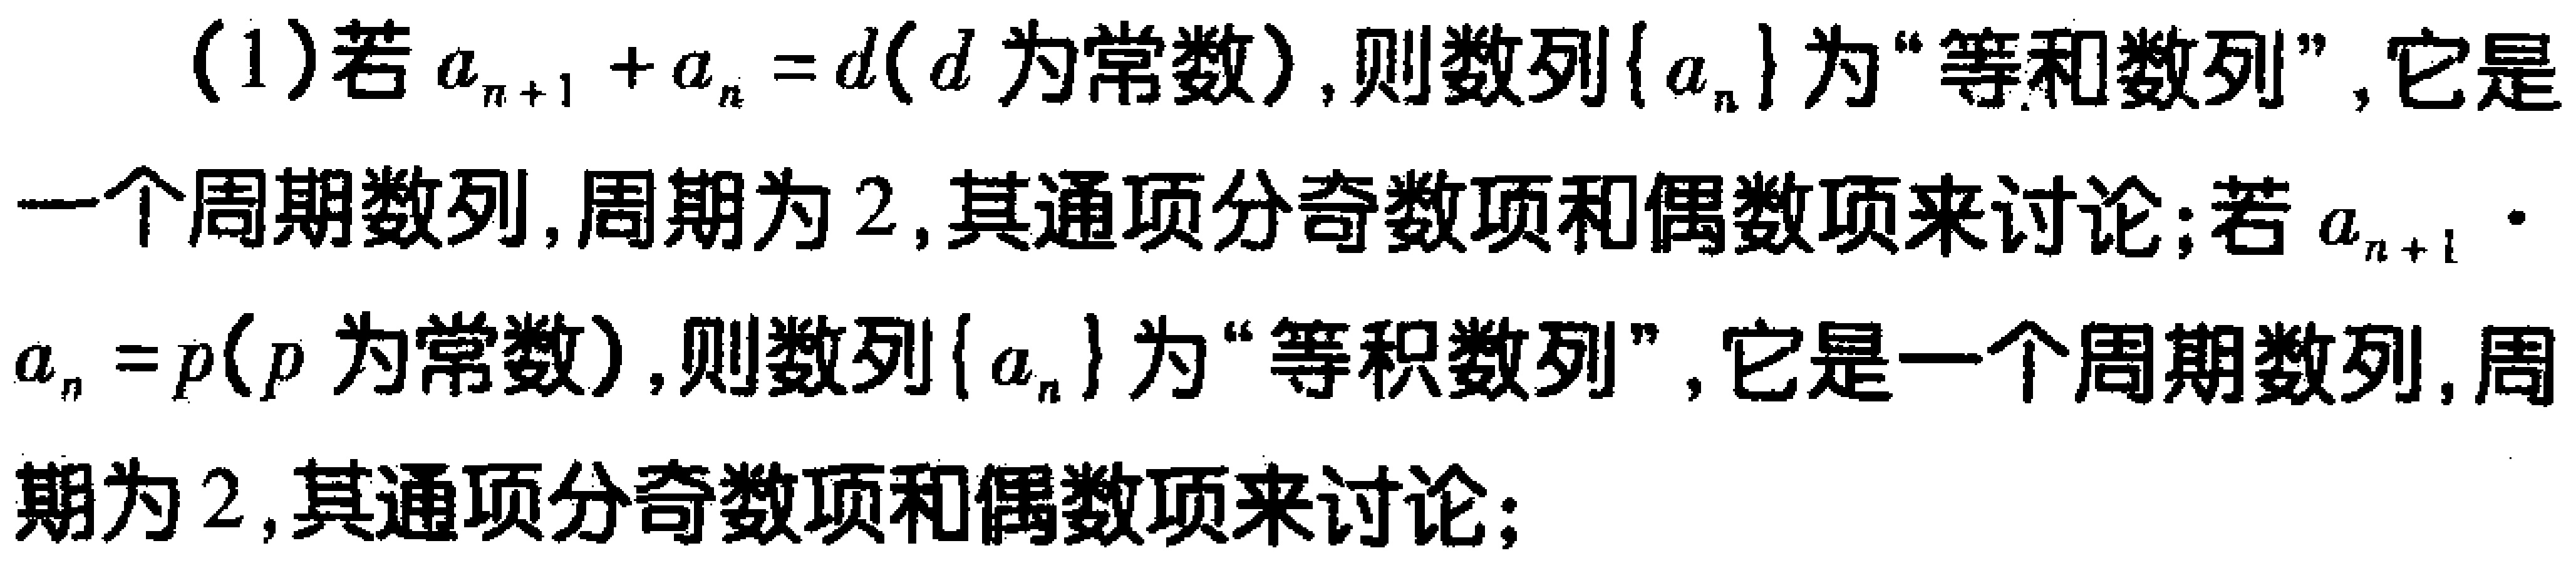
(1)若\(a_{n + 1}+a_{n}=d\)（\(d\)为常数），则数列\(\{ a_{n}\}\)为“等和数列”，它是一个周期数列，周期为\(2\)，其通项分奇数项和偶数项来讨论；若\(a_{n + 1}\cdot a_{n}=p\)（\(p\)为常数），则数列\(\{ a_{n}\}\)为“等积数列”，它是一个周期数列，周期为\(2\)，其通项分奇数项和偶数项来讨论；